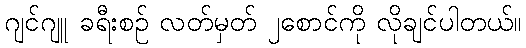
ဂျင်ဂျူ ခရီးစဉ် လတ်မှတ် ၂စောင်ကို လိုချင်ပါတယ်။